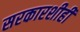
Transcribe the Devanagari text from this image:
सरकारशीही